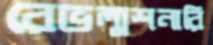
রেভল্যুশনারি